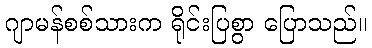
ဂျာမန်စစ်သားက ရိုင်းပြစွာ ပြောသည်။